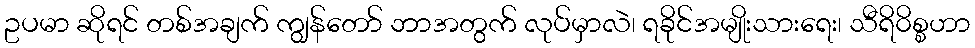
ဥပမာ ဆိုရင် တစ်အချက် ကျွန်တော် ဘာအတွက် လုပ်မှာလဲ၊ ရခိုင်အမျိုးသားရေး၊ သီရိ၀ိစ္စဟာ